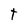
Character: t